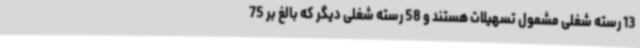
13 رسته شغلی مشمول تسهیلات هستند و 58 رسته شغلی دیگر که بالغ بر 75